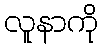
လူနာကို